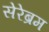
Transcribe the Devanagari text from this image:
सेरेब्रम